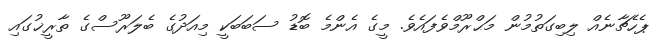
ޕެހެޗާނެއް ލިބިގަތުމުން މަޙްރޫމްވެފައެވެ. މީގެ އެންމެ ބޮޑު ސަބަބަކީ މިއަދުގެ ބެލަރޫސްގެ ތާރީޚުގައި